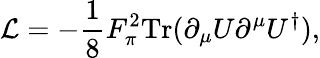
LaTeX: {\cal L}=-{\frac{1}{8}}F_{\pi}^{2}\mathrm{Tr}(\partial_{\mu}U\partial^{\mu}U^{\dagger}),